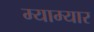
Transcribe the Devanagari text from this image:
म्याम्यार